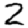
Digit: 2